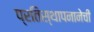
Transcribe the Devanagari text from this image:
प्रतिस्थापनानेची